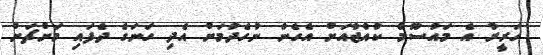
ހަރީރާ އެ މައުސޫމް ކުއްޖާއަށް އެހެން ނުހެދުމަށް އެދި ހަނަގެ ދެފައި މަށްޗަށް